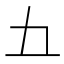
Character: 𫝀